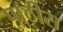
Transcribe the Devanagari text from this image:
पाठीस